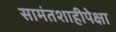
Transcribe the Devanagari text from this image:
सामंतशाहीपेक्षा